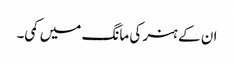
ان کے ہنر کی مانگ میں کمی۔